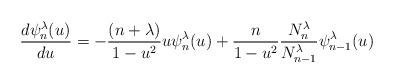
LaTeX: \begin{align*}\frac{d \psi_{n}^{\lambda}(u)}{du} =-\frac{(n+\lambda)}{1-u^2}u\psi_{n}^{\lambda}(u) + \frac{n}{1-u^2}\frac{N_{n}^{\lambda}}{N_{n-1}^{\lambda}} \psi_{n-1}^{\lambda}(u)\end{align*}